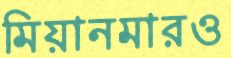
মিয়ানমারও